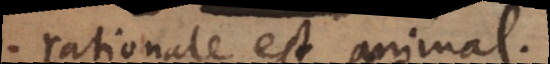
rationale est animal,